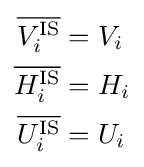
{\begin{aligned}{\overline {V_{i}^{\text{IS}}}}&=V_{i}\\{\overline {H_{i}^{\text{IS}}}}&=H_{i}\\{\overline {U_{i}^{\text{IS}}}}&=U_{i}\end{aligned}}